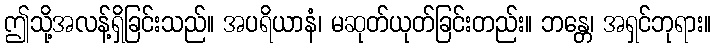
ဤသို့အလန့်ရှိခြင်းသည်။ အပရိယာနံ၊ မဆုတ်ယုတ်ခြင်းတည်း။ ဘန္တေ၊ အရှင်ဘုရား။